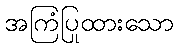
အကြံပြုထားသော